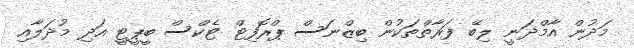
މަދުން އާމްދަނީ ލިބޭ ފަރާތްތަކުން ބިޒްނަސް ޕްރޮފިޓް ޓެކްސް ބީޕީޓީ އަދި މުދަލާއި